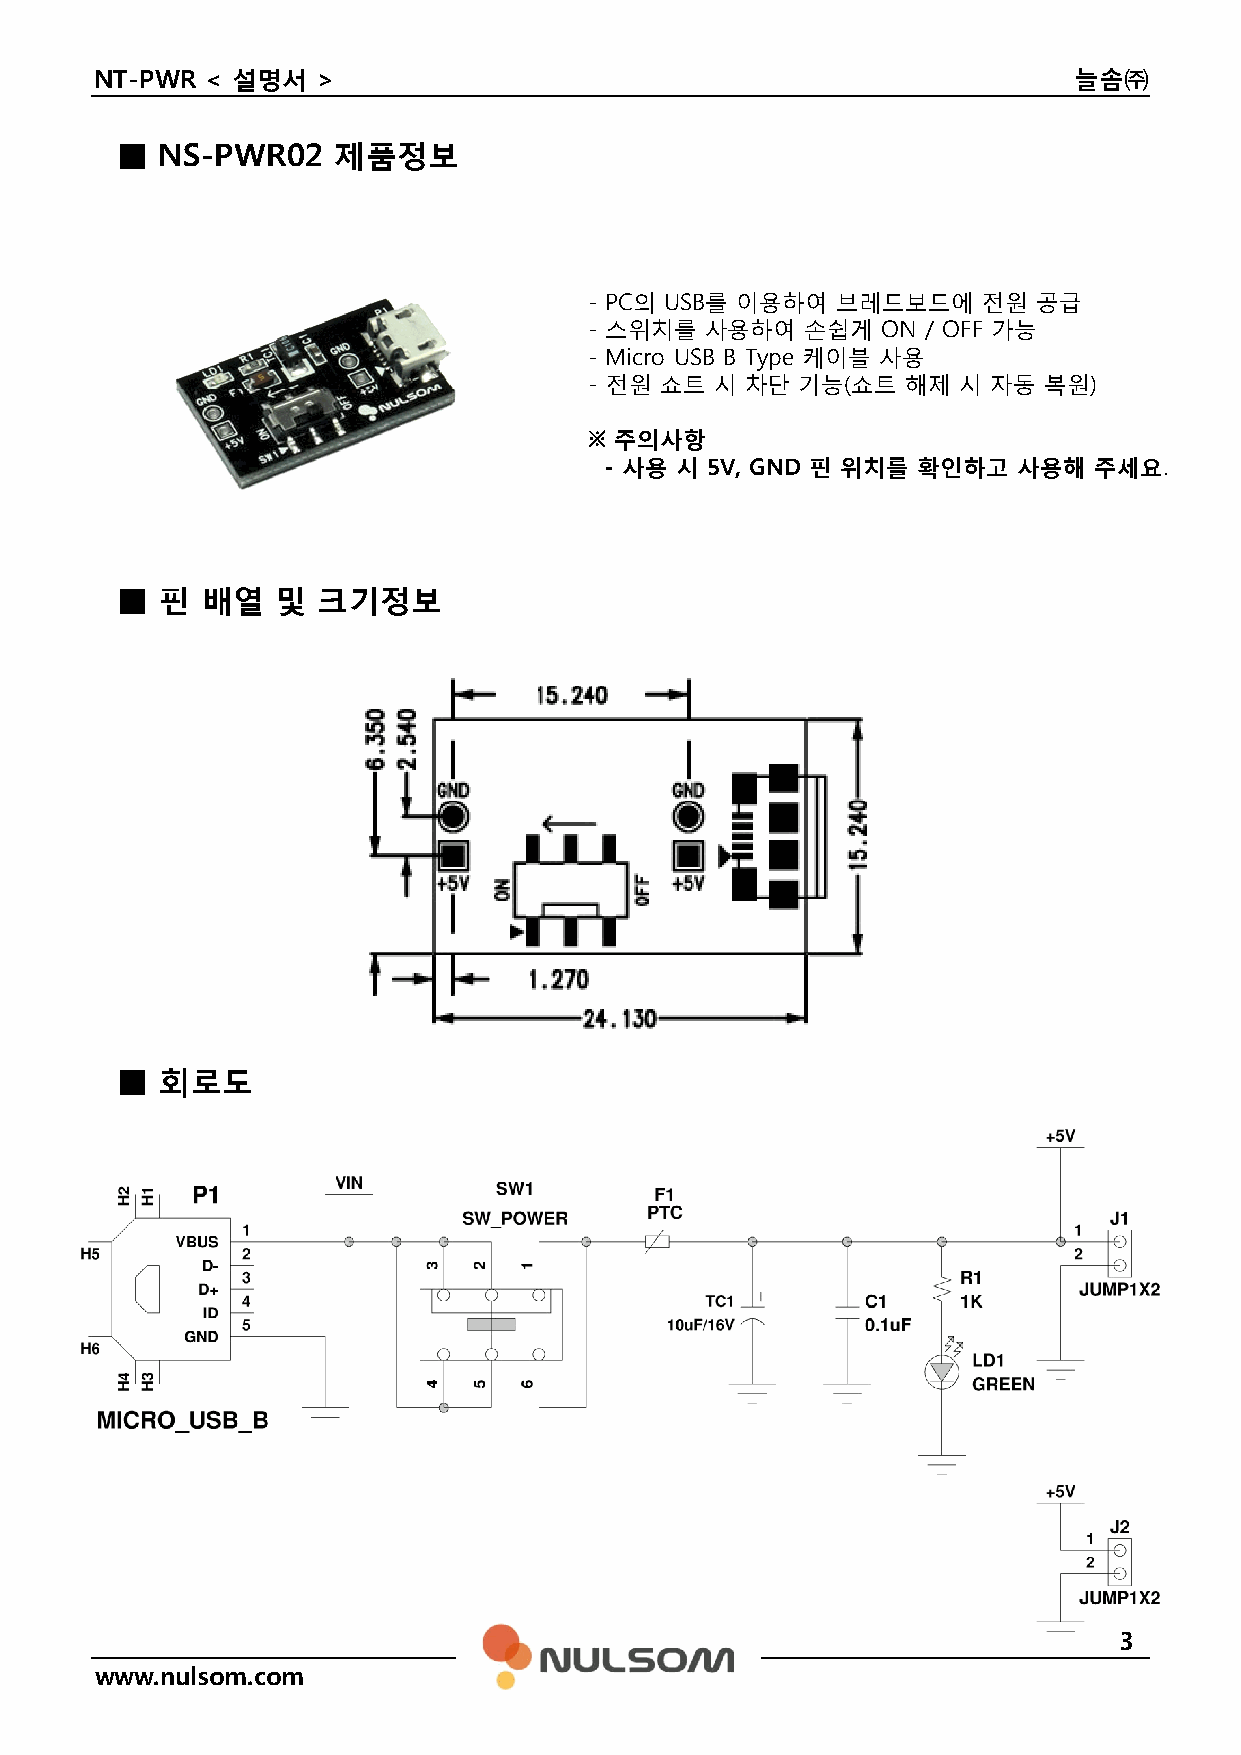
NT-PWR  < 설명서  >                                                 늘솜㈜
 ■  NS-PWR02   제품정보
 - PC의 USB를 이용하여 브레드보드에    전원  공급
 - 스위치를  사용하여  손쉽게  ON / OFF 가능
 - Micro USB B Type 케이블 사용
 - 전전원원 쇼쇼트트 시시 차차단단 기기능능((쇼쇼트트 해해제제 시시 자자동동 복복원원))
 ※ 주의사항
 - 사용 시 5V, GND 핀 위치를 확인하고  사용해  주세요.
 ■  핀 배열   및  크기정보
 ■  회로도
 3
 www.nulsom.com